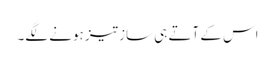
اس کے آتے ہی ساز تیز ہونے لگے۔